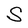
Character: S